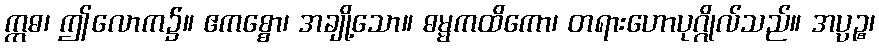
ဣဓ၊ ဤလောက၌။ ဧကစ္စော၊ အချို့သော။ ဓမ္မကထိကော၊ တရားဟောပုဂ္ဂိုလ်သည်။ အပ္ပဉ္စ၊